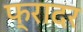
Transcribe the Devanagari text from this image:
फ्रादर